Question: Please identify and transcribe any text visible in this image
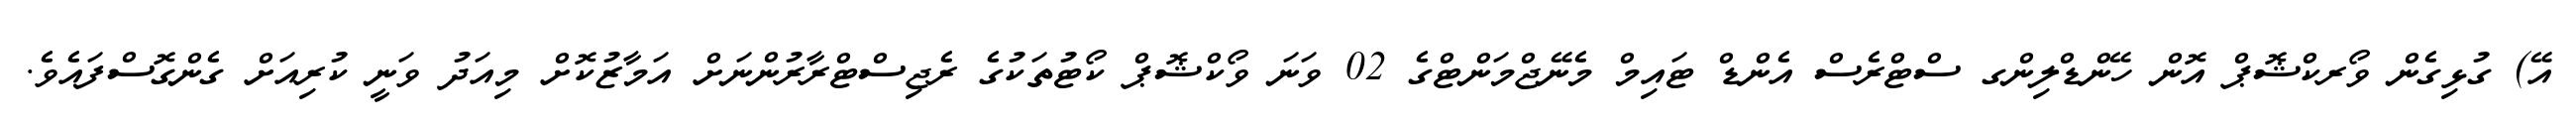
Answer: އޭ) ގުޅިގެން ވޯރކްޝޮޕް އޮން ހޭންޑްލިންގ ސްޓްރެސް އެންޑް ޓައިމް މެނޭޖްމަންޓްގެ 02 ވަނަ ވޯކްޝޮޕް ކޯޓުތަކުގެ ރެޖިސްޓްރާރުންނަށް އަމާޒުކޮށް މިއަދު ވަނީ ކުރިއަށް ގެންގޮސްފައެވެ.